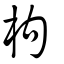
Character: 枸